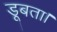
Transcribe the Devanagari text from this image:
डूबता।